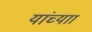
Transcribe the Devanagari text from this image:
यांच्याा